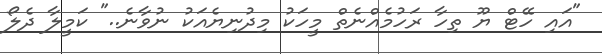
"އައި ހޭޓް ޔޫ ތިހާ ރަހުމެއްނެތް މީހަކު މިދުނިޔެއަކު ނުވާނެ.." ކަމީލާ ދެލޯ